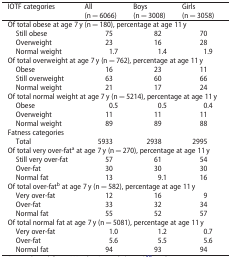
| IOTF categories | All (n = 6066) | Boys (n = 3008) | Girls (n = 3058) |
 | --- | --- | --- | --- |
 | <COLSPAN=4> Of total obese at age 7 y (n = 180), percentage at age 11 y |
 | Still obese | 75 | 82 | 70 |
 | Overweight | 23 | 16 | 28 |
 | Normal weight | 1.7 | 1.4 | 1.9 |
 | <COLSPAN=4> Of total overweight at age 7 y (n = 762), percentage at age 11 y |
 | Obese | 16 | 23 | 11 |
 | Still overweight | 63 | 60 | 66 |
 | Normal weight | 21 | 17 | 24 |
 | <COLSPAN=4> Of total normal weight at age 7 y (n = 5214), percentage at age 11 y |
 | Obese | 0.5 | 0.5 | 0.4 |
 | Overweight | 11 | 11 | 11 |
 | Normal weight | 89 | 89 | 88 |
 | Fatness categories |  |  |  |
 | Total | 5933 | 2938 | 2995 |
 | <COLSPAN=4> Of total very over-fata at age 7 y (n = 270), percentage at age 11 y |
 | Still very over-fat | 57 | 61 | 54 |
 | Over-fat | 30 | 30 | 30 |
 | Normal fat | 13 | 9.1 | 16 |
 | <COLSPAN=4> Of total over-fatb at age 7 y (n = 582), percentage at age 11 y |
 | Very over-fat | 12 | 16 | 9 |
 | Over-fat | 33 | 32 | 34 |
 | Normal fat | 55 | 52 | 57 |
 | <COLSPAN=4> Of total normal fat at age 7 y (n = 5081), percentage at age 11 y |
 | Very over-fat | 1.0 | 1.2 | 0.7 |
 | Over-fat | 5.6 | 5.5 | 5.6 |
 | Normal fat | 94 | 93 | 94 |